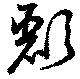
彲